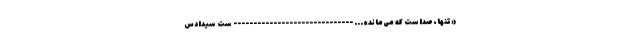
«تنها، صداست که می‌ماند»... ------------------------------ ست سیدادس